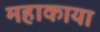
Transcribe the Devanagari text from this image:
महाकाया